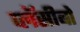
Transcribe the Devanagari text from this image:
प्लॅसीबो